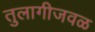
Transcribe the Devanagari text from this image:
तुलागीजवळ